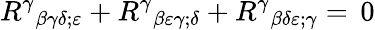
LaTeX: {R^{\gamma}}_{\beta\gamma\delta;\varepsilon}+{R^{\gamma}}_{\beta\varepsilon\gamma;\delta}+{R^{\gamma}}_{\beta\delta\varepsilon;\gamma}=\, 0